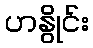
ဟနွိုင်း